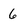
Character: 6